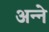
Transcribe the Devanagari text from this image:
अन्‍ने